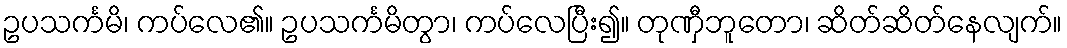
ဥပသင်္ကမိ၊ ကပ်လေ၏။ ဥပသင်္ကမိတွာ၊ ကပ်လေပြီး၍။ တုဏှီဘူတော၊ ဆိတ်ဆိတ်နေလျက်။